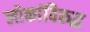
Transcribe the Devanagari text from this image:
लोकांविरुद्ध